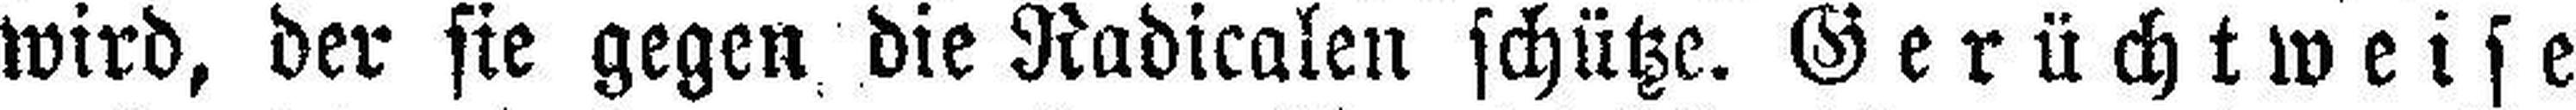
wird, der sie gegen die Radicalen schütze. Gerüchtweise